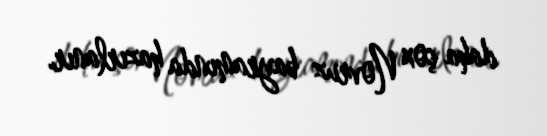
daha çox Novruz bayramında hazırlanır.